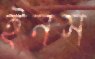
ইনস